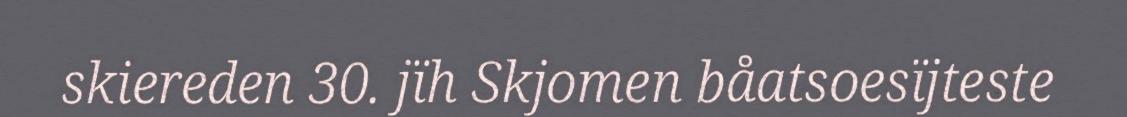
skiereden 30. jïh Skjomen båatsoesïjteste